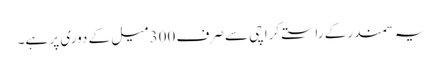
یہ سمندر کے راستے کراچی سے صرف 300 میل کے دوری پر ہے۔